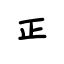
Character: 正